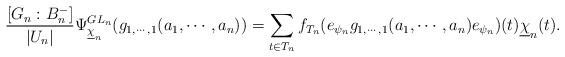
LaTeX: \begin{align*} \frac{[G_n:B_{n}^{-}]}{|U_n|} \Psi_{\underline{\chi}_{n}}^{GL_{n}}(g_{1,\cdots, 1}(a_1,\cdots,a_n))=\sum_{t\in T_n}f_{T_n}(e_{\psi_n}g_{1,\cdots, 1}(a_1,\cdots,a_n)e_{\psi_n})(t)\underline{\chi}_n(t).\end{align*}